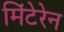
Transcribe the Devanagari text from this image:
मिंटेरेन